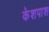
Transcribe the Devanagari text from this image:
केशपाश